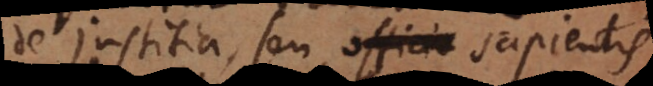
de justitia, seu officio sapientis